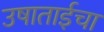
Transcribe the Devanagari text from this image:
उषाताईचा